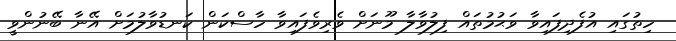
ހިތުގައި އުފެދިފައިވާ ވަޙުމުތައް ފިލުވާލާ މޫނަށް ވެރިވެފައިވާ ހާސްކަން ކަނޑުވާލުމަށް އޭނާ ބޭނުންވީ